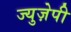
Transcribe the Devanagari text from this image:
ज्युज़ेपी